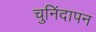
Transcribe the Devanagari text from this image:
चुनिंदापन